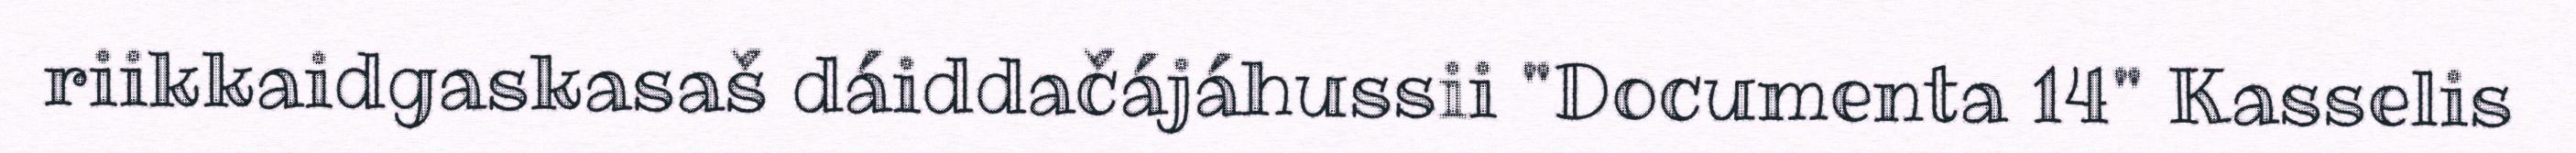
riikkaidgaskasaš dáiddačájáhussii "Documenta 14" Kasselis